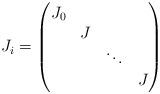
LaTeX: \begin{align*} J_i=\begin{pmatrix} J_0 & & & \\ & J & & \\ & & \ddots & \\ & & & J\end{pmatrix}\end{align*}